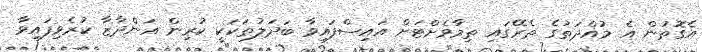
އެގޮތުން އެ މުއްދަތުގެ ތެރޭގައި ތިމާވެށްޓަށް އައިސްފައިވާ ބަދަލުތަކަކީ ކުރިން އަންދާޒާ ކުރެވިފައިވާ